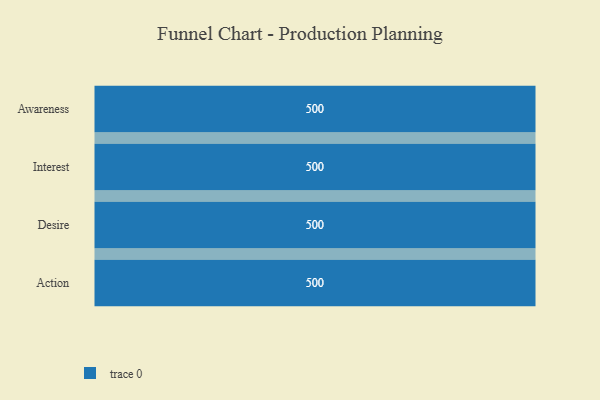
{"axis": {"x": "Stage", "y": "Value"}, "legend": [""], "data": [{"x": "Awareness", "y": 500, "type": ""}, {"x": "Interest", "y": 500, "type": ""}, {"x": "Desire", "y": 500, "type": ""}, {"x": "Action", "y": 500, "type": ""}]}